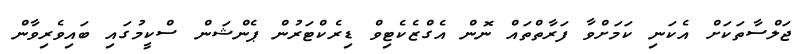
ޖަލްސާތަކަށް އެކަނި ކަމަށްވާ ފަރާތްތައް ނޮން އެގްޒެކެޓިވް ޑިރެކްޓަރުން ޕެންޝަން ސްކީމުގައި ބައިވެރިވާން